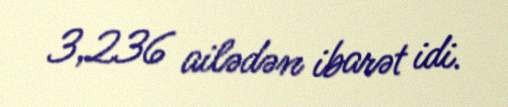
3,236 ailədən ibarət idi.